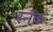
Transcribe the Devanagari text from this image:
स्नॅक